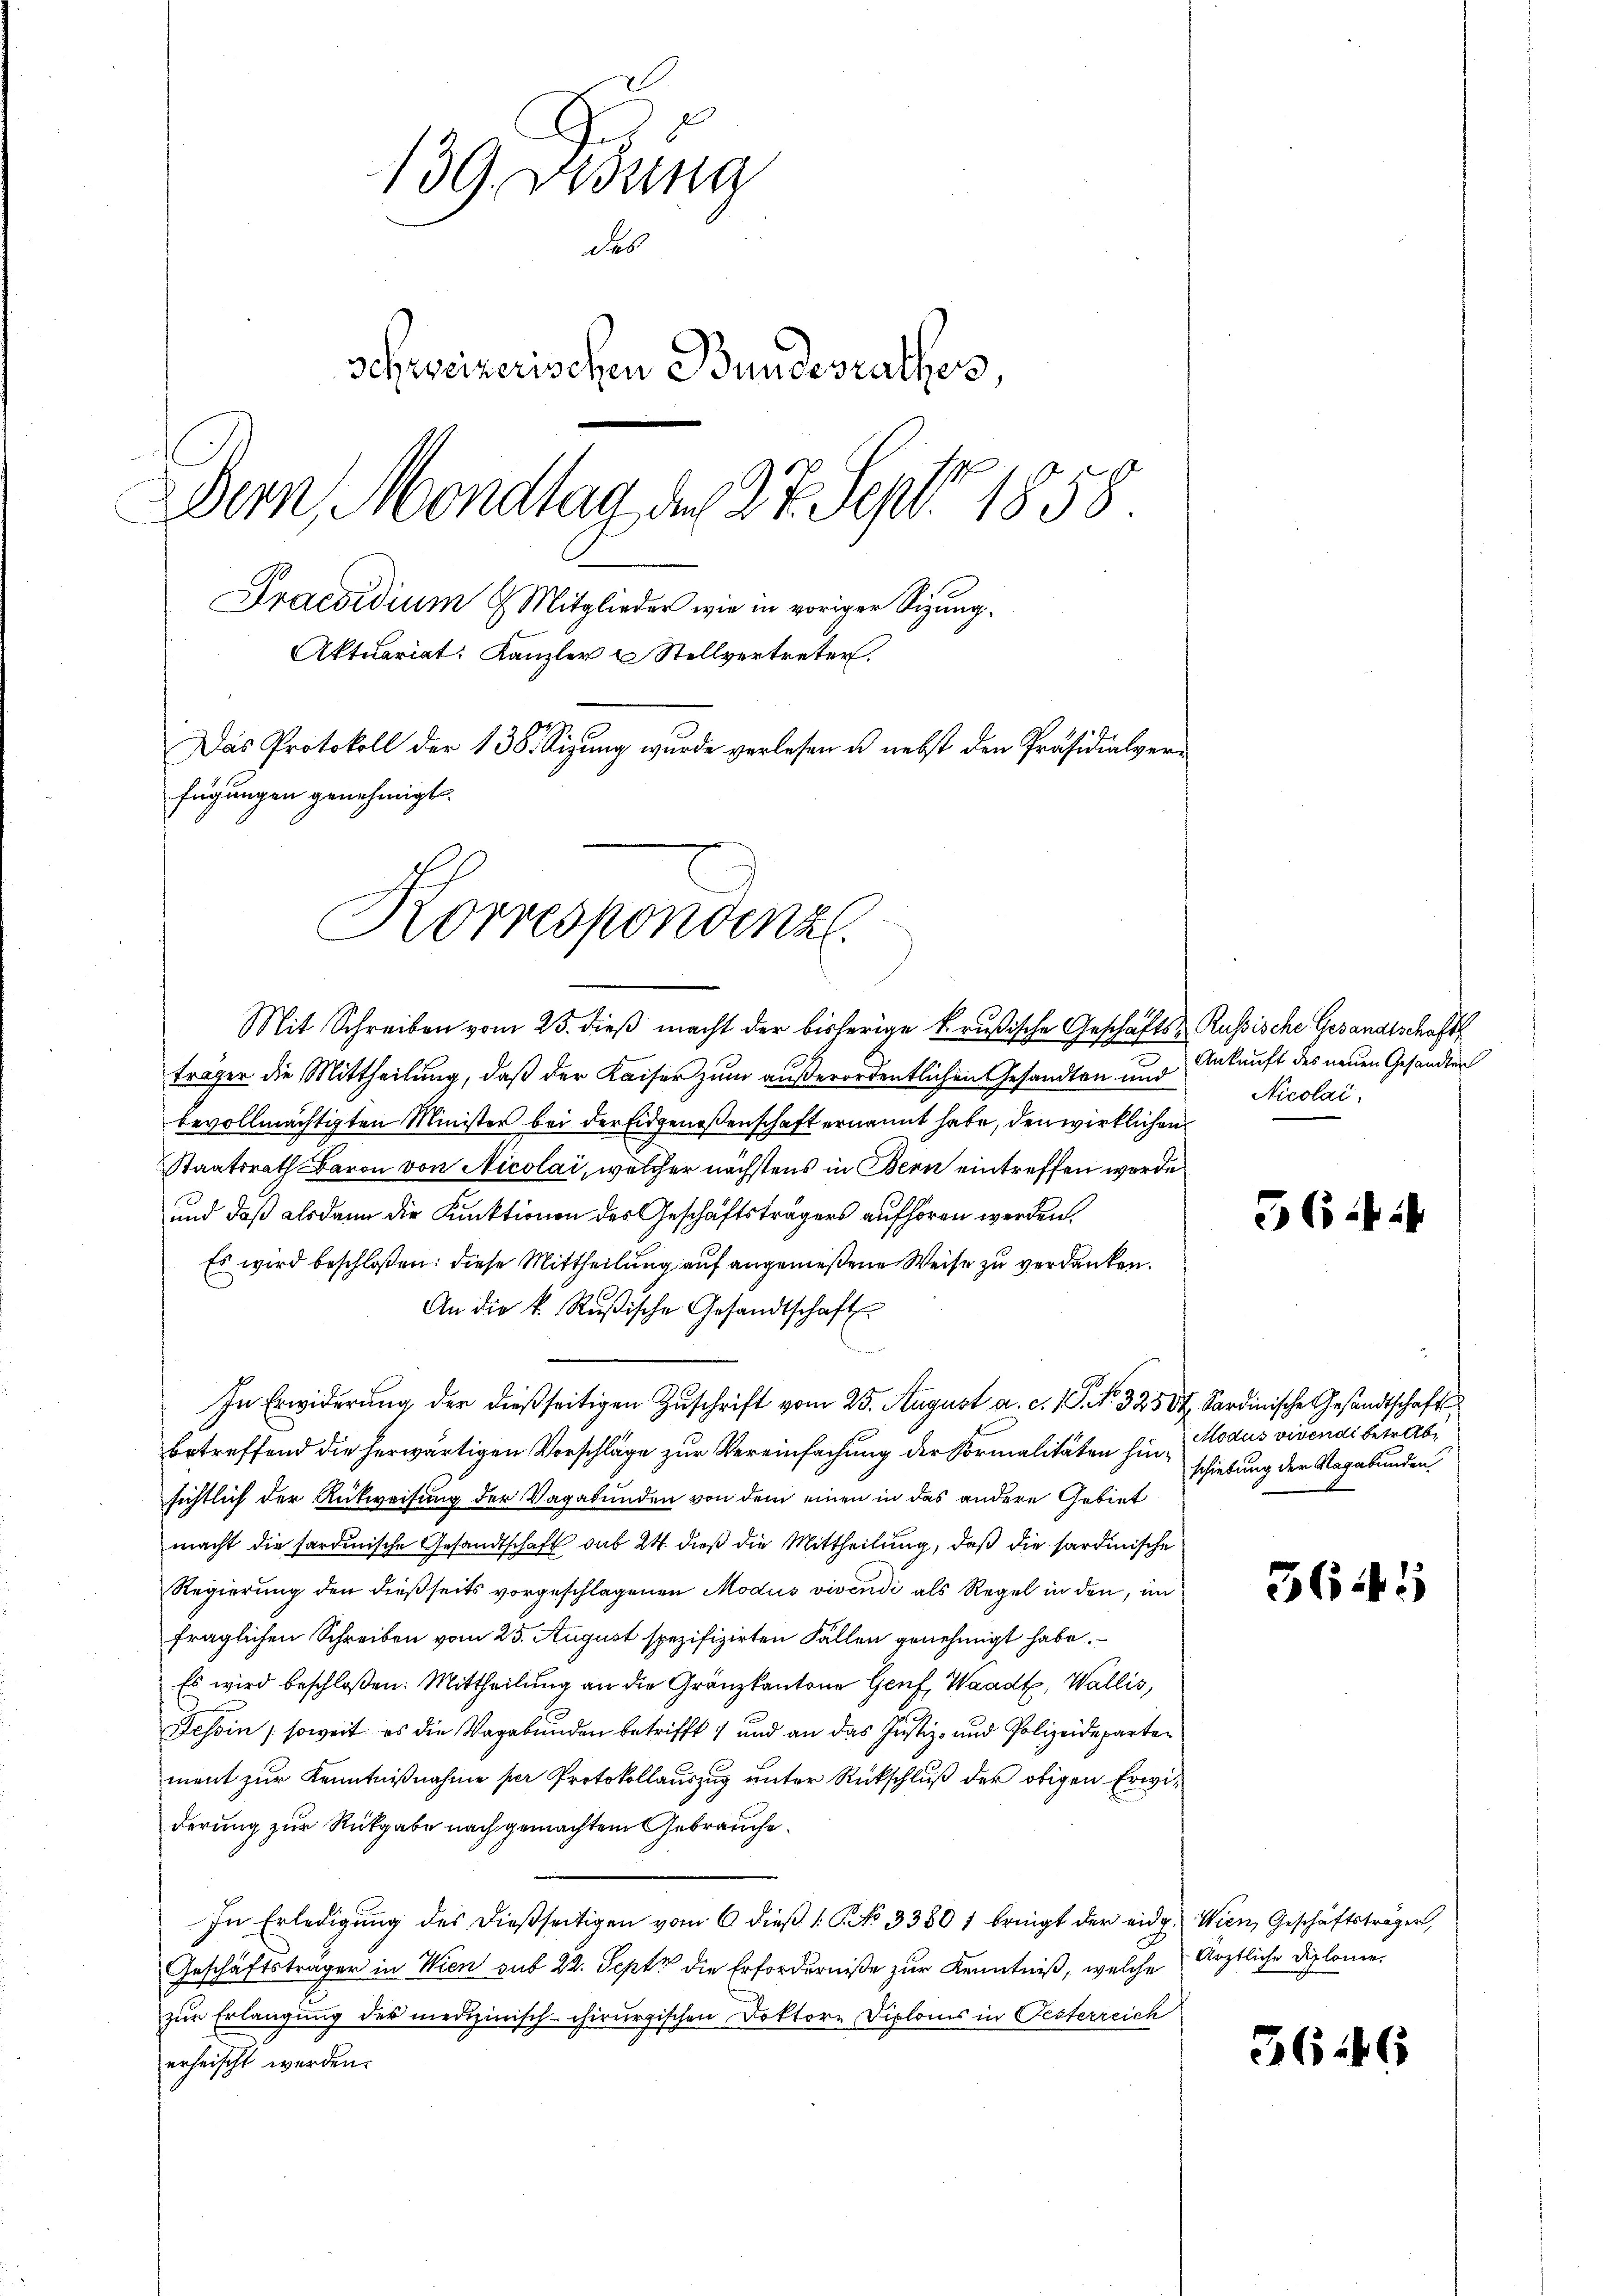
139. Desung
des
Schweizerischen Bundesrathes
Dein Mondlag der 27. Sept. 1858.
Praesidium 9 Mitglieder wie in voriger Sigung.
Aktuariat: Kanzler u Stellvertreter.
Das Protokoll der 138. Sitzung wurde verlesen u. nebst den Präsidialverfügungen genehmigt.

Korrespondenzl

Mit Schreiben vom 23. dieβ macht der bisherige krußische Geschäfts- Russische Gesandtschaft
träger die Mittheilung, daß der Kaiser zum außerordentlichen Gesandten und
bevollmächtigten Minister bei der Eidgenoßenschaft ernannt habe, den wirklichen
Staatsrath Baron von Nicolai, welcher nächstens in Bern eintreffen werde
und daß alsdann die Kunktionen des Geschäftsträgers aufhören werden.
Es wird beschloßen: diese Mittheilung auf angemeßene Weise zu verdanken.
An die k. Rŭβische Gesandtschaft
In Erwiderung der dießseitigen Zuschrift vom 25. August a. c. (T. No. 32534. Sardinische Gesandtschaftsbetreffend die herwärtigen Vorschläge zur Vereinfachung der Formalitäten hinsichtlich der Rückweisung der Vagabunden von dem einen in das andere Gebiet
macht die sardinische Gesandtschaft sub 24. dieß die Mittheilung, daß die sardinische
Regierung den dießseits vorgeschlagenen Modus vivendi als Regel in den, in
fraglichen Schreiben vom 25. August spezifizirten Fällen genehmigt habe.
Es wird beschloßen: Mittheilung an die Granzkantone Genf, Waadt, Wallis,
Tessin (soweit es die Vagabunden betrifft und an das Justiz- und Polizeideparten
ment zur Kenntnißnahme per Protokollauszug unter Rückschluß der obigen Erwiderung zur Rückgabe nach gemachtem Gebrauche.
In Erledigŭng des dießseitigen vom 6 dieβ (: No 33601 bringt der eidg. Wien, Geschäftsträger,
Geschäftsträger in Wien sub 22. Sept die Erforderniße zur Kenntniß, welche
zur Erlangung des medizinisch-chirurgischen Doktore Diploms in Oesterreich
erheischt werden.

Ankunft des neuen Gesandten
Nicolai.

36. i

Modus vivendi betrieb
schiebung der Vagabunden

5645

Ärztliche Diplome.

36446